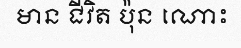
មាន ជីវិត ប៉ុន ណោះ